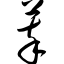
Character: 萃